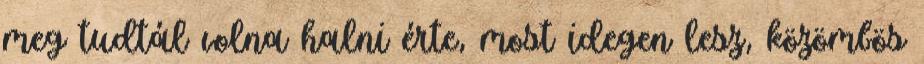
meg tudtál volna halni érte, most idegen lesz, közömbös